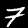
Label: 7